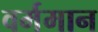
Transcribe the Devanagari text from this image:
वर्ममान